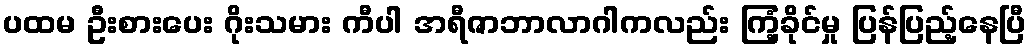
ပထမ ဦးစားပေး ဂိုးသမား ကီပါ အရီဇာဘာလာဂါကလည်း ကြံ့ခိုင်မှု ပြန်ပြည့်နေပြီ